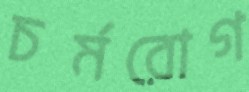
চর্মরোগ